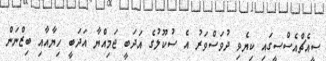
ސީއެޗްއެސްސީގައި ކިޔެވި ދުވަސްވަރު އެ ސުކޫލުގެ އަދަބީ ޖަމިއްޔާ އަދަބީ ހިޔާއާއި ބިޒްނަން